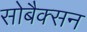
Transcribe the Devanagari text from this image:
सोबैक्सन